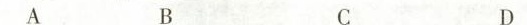
A B C D